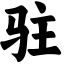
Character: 驻